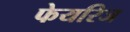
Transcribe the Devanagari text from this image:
फेयरिज